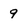
Character: 9